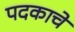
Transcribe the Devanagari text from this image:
पदकाचे